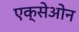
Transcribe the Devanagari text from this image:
एक्सेओन